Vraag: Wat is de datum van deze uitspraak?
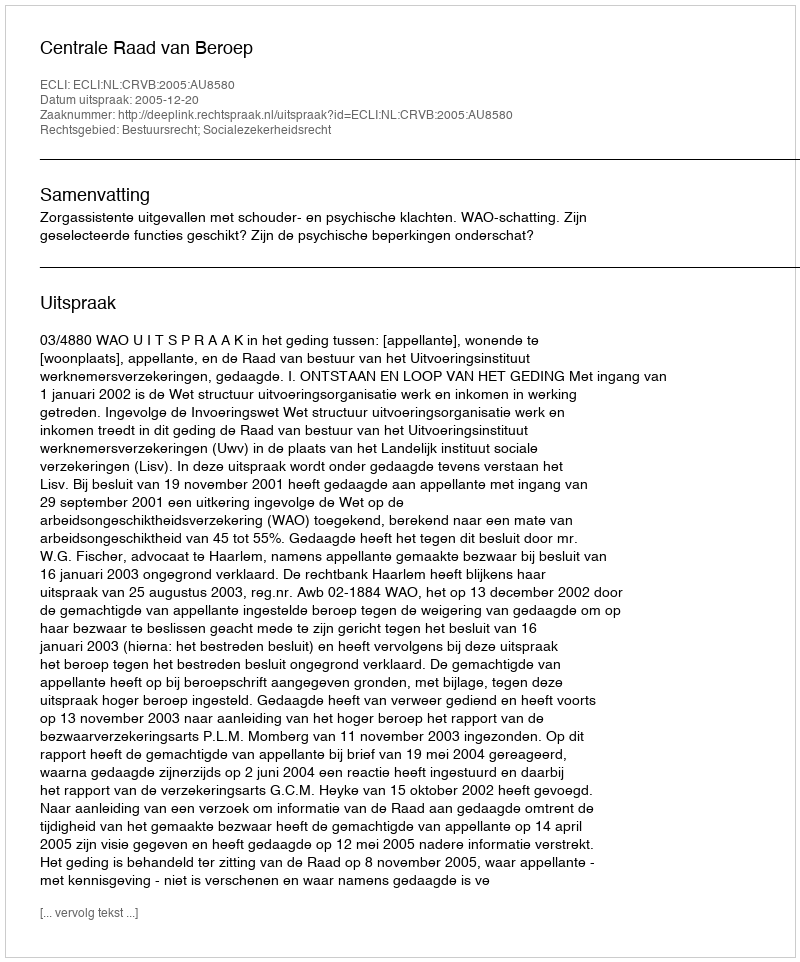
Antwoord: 2005-12-20